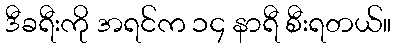
ဒီခရီးကို အရင်က ၁၄ နာရီ စီးရတယ်။